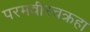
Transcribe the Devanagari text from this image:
परमवीरचक्रहा